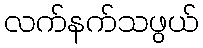
လက်နက်သဖွယ်